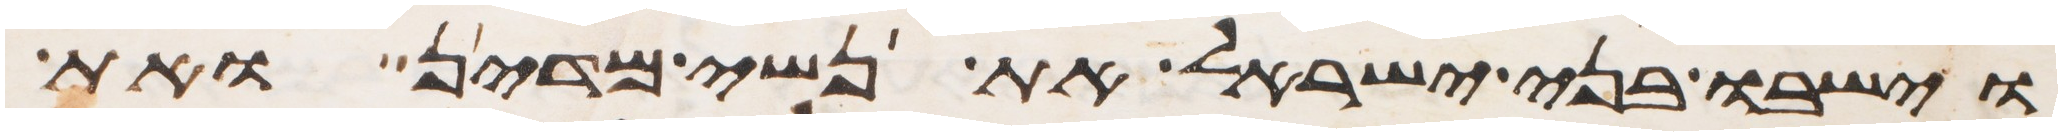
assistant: וישבו בני ישראל את נשי מדין ואת